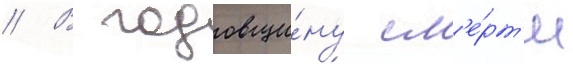
// В годовщи́ну см'е́рт'и